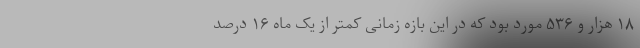
۱۸ هزار و ۵۳۶ مورد بود که در این بازه زمانی کمتر از یک ماه ۱۶ درصد